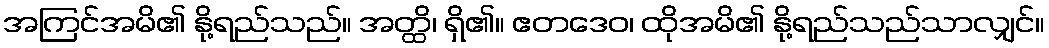
အကြင်အမိ၏ နို့ရည်သည်။ အတ္ထိ၊ ရှိ၏။ ဧတဒေဝ၊ ထိုအမိ၏ နို့ရည်သည်သာလျှင်။